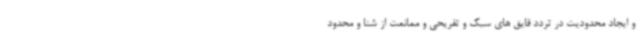
و ایجاد محدودیت در تردد قایق های سبک و تفریحی و ممانعت از شنا و محدود